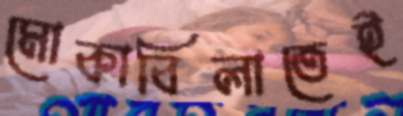
মোকাবিলাতেই